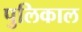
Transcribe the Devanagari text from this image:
पुलिकाल